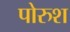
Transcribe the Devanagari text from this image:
पोरुश